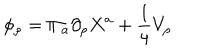
\phi _ { \rho } = \Pi _ { a } \partial _ { \rho } X ^ { a } + \frac { 1 } { 4 } V _ { \rho }